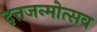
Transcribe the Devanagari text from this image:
दत्तजन्मोत्सव